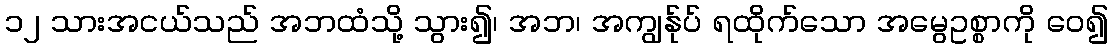
၁၂ သားအငယ်သည် အဘထံသို့ သွား၍၊ အဘ၊ အကျွန်ုပ် ရထိုက်သော အမွေဥစ္စာကို ဝေ၍